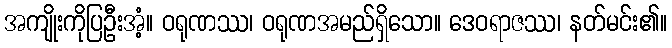
အကျိုးကိုပြဦးအံ့။ ဝရုဏဿ၊ ဝရုဏအမည်ရှိသော။ ဒေဝရာဇဿ၊ နတ်မင်း၏။